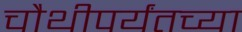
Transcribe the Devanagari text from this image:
चौथीपर्यंतच्या